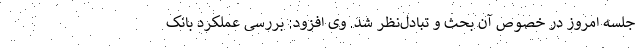
جلسه امروز در خصوص آن بحث و تبادل‌نظر شد. وی افزود: بررسی عملکرد بانک